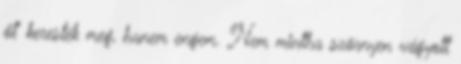
őt” keres­ték meg, hanem en­gem. Nem mintha szörnyen vágyott